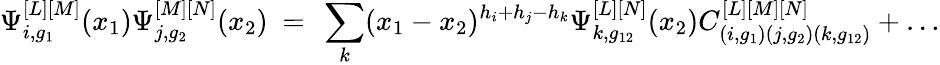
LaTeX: \Psi_{i,g_{1}}^{[L][M]}(x_{1})\Psi_{j,g_{2}}^{[M][N]}(x_{2})\ =\ \sum_{k}(x_{1}-x_{2})^{h_{i}+h_{j}-h_{k}}\Psi_{k,g_{12}}^{[L][N]}(x_{2})C_{(i,g_{1})(j,g_{2})(k,g_{12})}^{[L][M][N]}+\dots